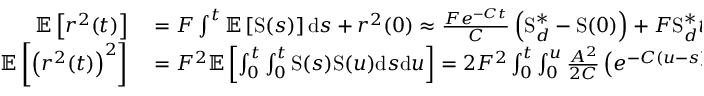
\begin{array} { r l } { \mathbb { E } \left[ r ^ { 2 } ( t ) \right] } & { { } = F \int ^ { t } \mathbb { E } \left[ \mathrm { S } ( s ) \right] \mathrm { d } s + r ^ { 2 } ( 0 ) \approx \frac { F e ^ { - C t } } { C } \left( \mathrm { S } _ { d } ^ { \ast } - \mathrm { S } ( 0 ) \right) + F \mathrm { S } _ { d } ^ { \ast } t + r ^ { 2 } ( 0 ) } \\ { \mathbb { E } \left[ \left( r ^ { 2 } ( t ) \right) ^ { 2 } \right] } & { { } = F ^ { 2 } \mathbb { E } \left[ \int _ { 0 } ^ { t } \int _ { 0 } ^ { t } \mathrm { S } ( s ) \mathrm { S } ( u ) \mathrm { d } s \mathrm { d } u \right] = 2 F ^ { 2 } \int _ { 0 } ^ { t } \int _ { 0 } ^ { u } \frac { A ^ { 2 } } { 2 C } \left( e ^ { - C ( u - s ) } - e ^ { - C ( u + s ) } \right) \mathrm { d } s \mathrm { d } u } \end{array}